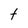
Character: t